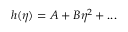
h ( \eta ) = A + B \eta ^ { 2 } + . . .